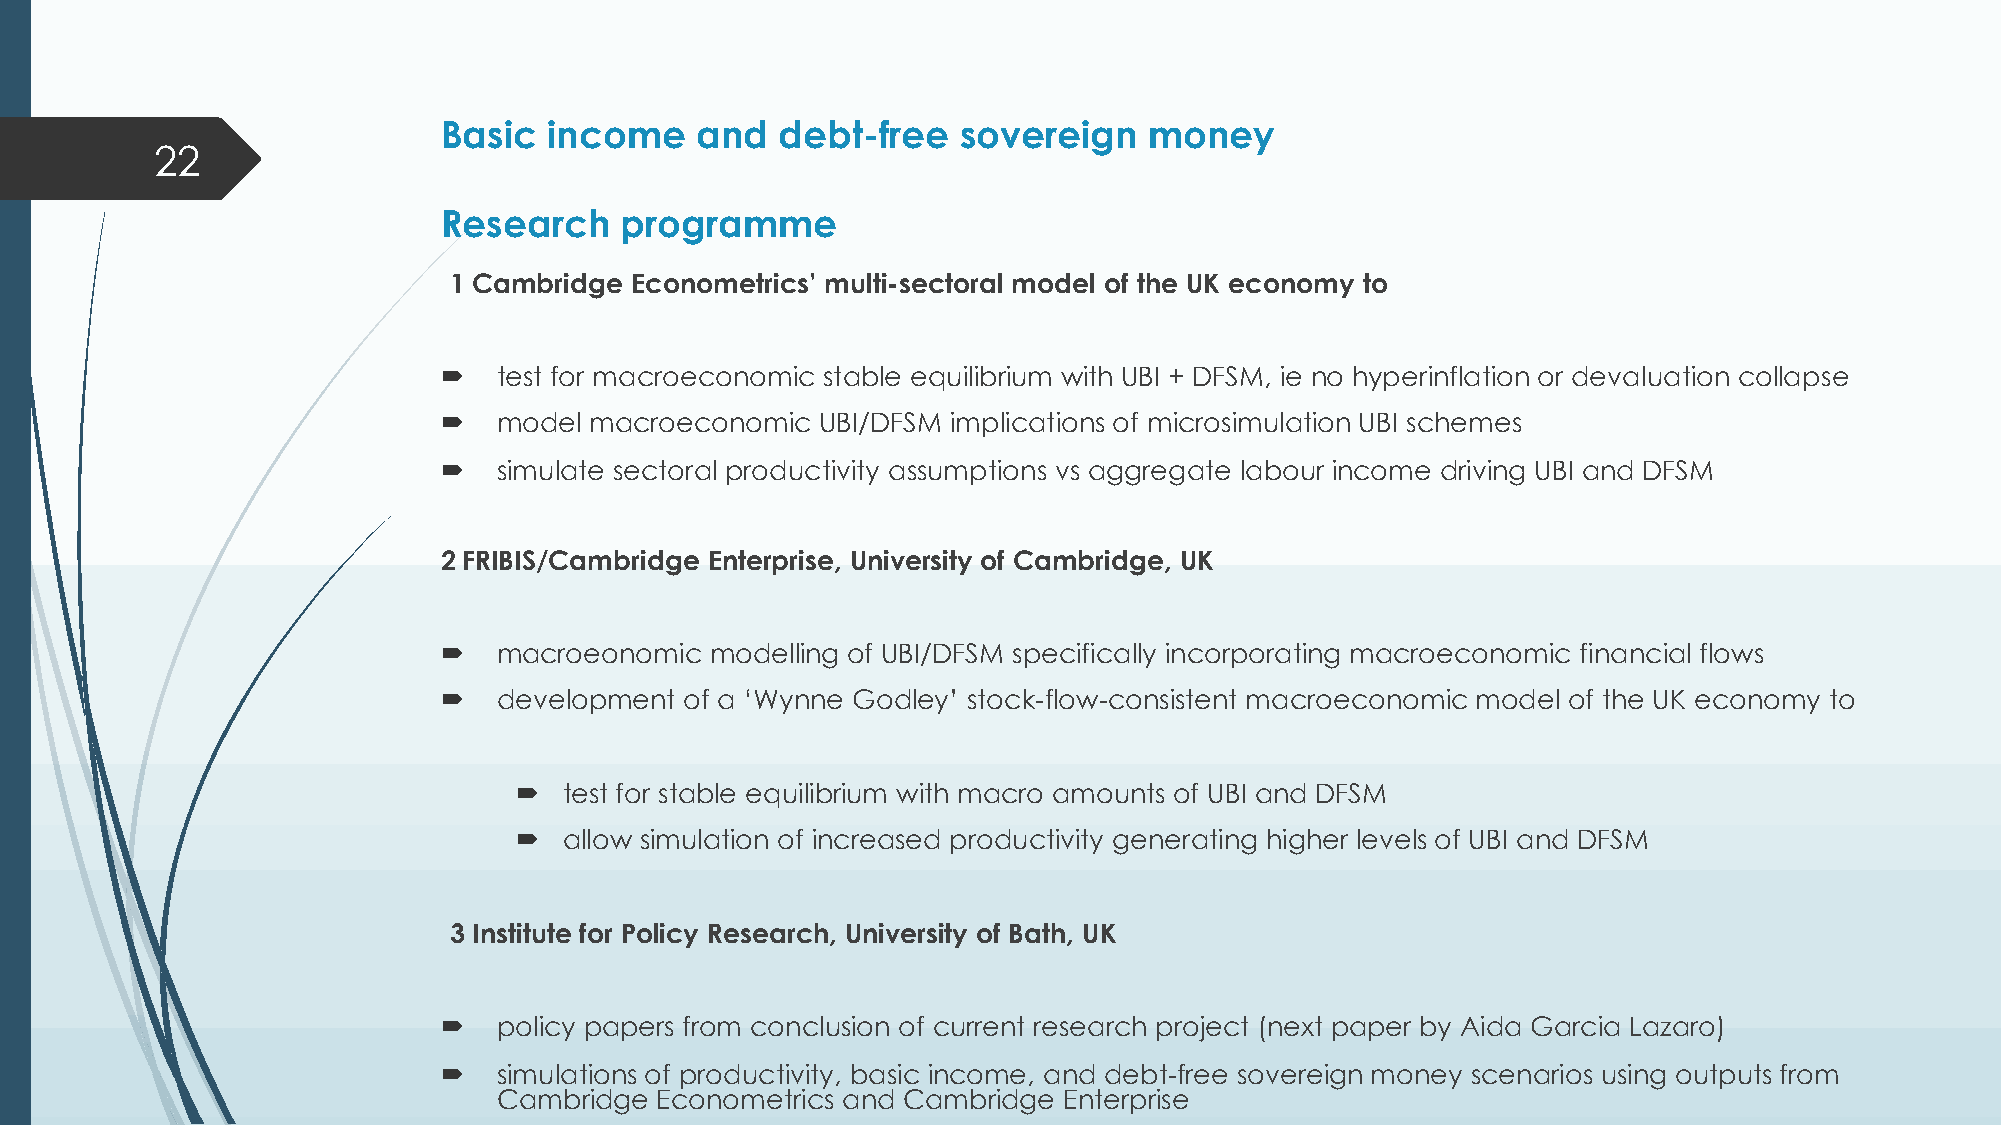
Basic  income    and   debt-free  sovereign    money
 22
 Research    programme
 1 Cambridge Econometrics’ multi-sectoral model of the UK economy to
 ´   test for macroeconomic stable equilibrium with UBI + DFSM, ie no hyperinflation or devaluation collapse
 ´   model macroeconomic  UBI/DFSM implications of microsimulation UBI schemes
 ´   simulate sectoral productivity assumptions vs aggregate labour income driving UBI and DFSM
 2 FRIBIS/Cambridge Enterprise, University of Cambridge, UK
 ´   macroeonomic  modelling of UBI/DFSM specifically incorporating macroeconomic financial flows
 ´   development of a ‘Wynne Godley’ stock-flow-consistent macroeconomic model of the UK economy to
 ´  test for stable equilibrium with macro amounts of UBI and DFSM
 ´  allow simulation of increased productivity generating higher levels of UBI and DFSM
 3 Institute for Policy Research, University of Bath, UK
 ´   policy papers from conclusion of current research project (next paper by Aida Garcia Lazaro)
 ´   simulations of productivity, basic income, and debt-free sovereign money scenarios using outputs from
 Cambridge Econometrics and Cambridge Enterprise